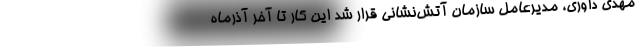
مهدی داوری، مدیرعامل سازمان آتش‌نشانی قرار شد این کار تا آخر آذر‌ماه